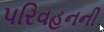
પરિવહનની